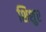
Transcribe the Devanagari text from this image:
शिशुर